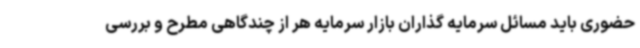
حضوری باید مسائل سرمایه گذاران بازار سرمایه هر از چندگاهی مطرح و بررسی